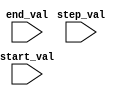
module dynamic_range_loop(
    input [31:0] start_val,
    input [31:0] end_val,
    input [7:0] step_val
);

    reg [31:0] counter;

    always @ (posedge clk or posedge rst) begin
        if (rst) begin
            counter <= 0;
        end else begin
            if (counter < end_val) begin
                counter <= counter + step_val;
            end else begin
                counter <= start_val;
            end
        end
    end

endmodule